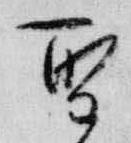
聖